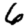
Digit: 6